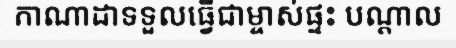
កាណាដាទទួលធ្វើជាម្ចាស់ផ្ទះ បណ្តាល